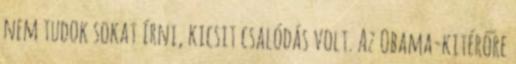
nem tudok sokat írni, kicsit csalódás volt. Az Obama-kitérőre